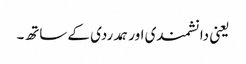
یعنی دانشمندی اور ہمدردی کے ساتھ۔